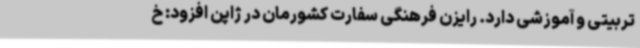
تربیتی و آموزشی دارد. رایزن فرهنگی سفارت کشورمان در ژاپن افزود: خ